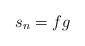
LaTeX: \begin{align*}s_n = fg\end{align*}